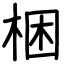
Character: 梱